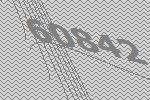
60842